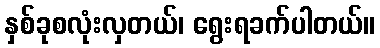
နှစ်ခုစလုံးလှတယ်၊ ရွေးရခက်ပါတယ်။